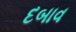
દબાવ